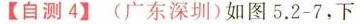
【自测4】(广东深圳)如图 5.2 - 7，下